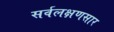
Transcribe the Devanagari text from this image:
सर्वलक्षणसार